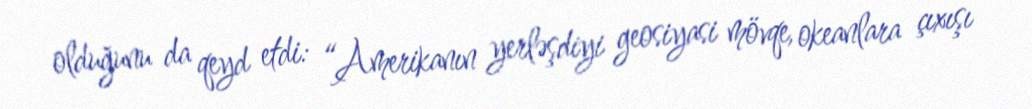
olduğunu da qeyd etdi: “Amerikanın yerləşdiyi geosiyasi mövqe, okeanlara çıxışı